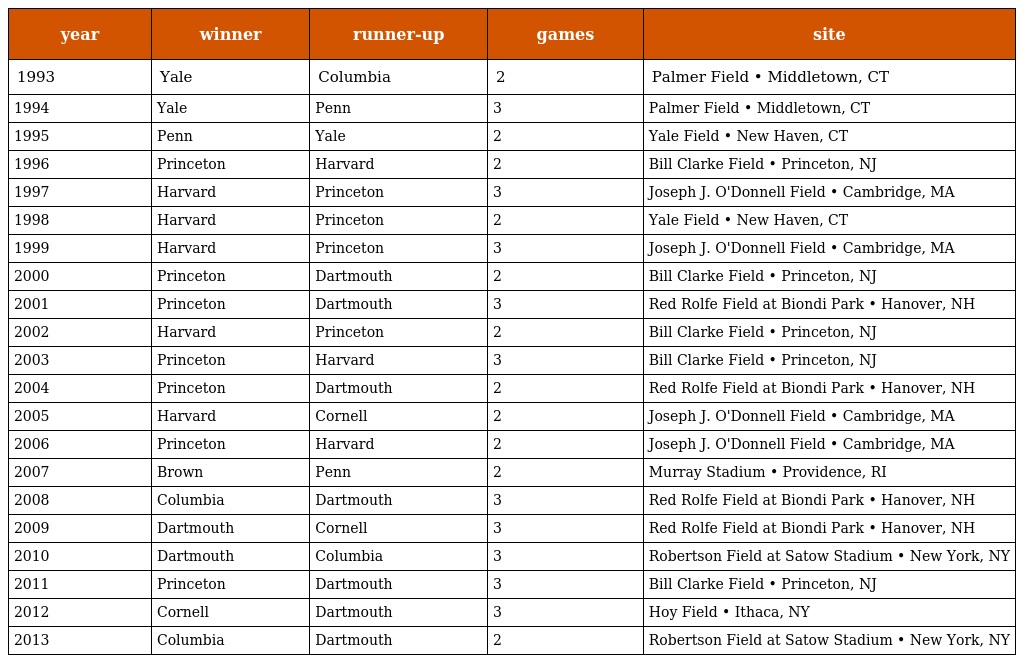
| year | winner | runner-up | games | site |
 | --- | --- | --- | --- | --- |
 | 1993 | Yale | Columbia | 2 | Palmer Field • Middletown, CT |
 | 1994 | Yale | Penn | 3 | Palmer Field • Middletown, CT |
 | 1995 | Penn | Yale | 2 | Yale Field • New Haven, CT |
 | 1996 | Princeton | Harvard | 2 | Bill Clarke Field • Princeton, NJ |
 | 1997 | Harvard | Princeton | 3 | Joseph J. O'Donnell Field • Cambridge, MA |
 | 1998 | Harvard | Princeton | 2 | Yale Field • New Haven, CT |
 | 1999 | Harvard | Princeton | 3 | Joseph J. O'Donnell Field • Cambridge, MA |
 | 2000 | Princeton | Dartmouth | 2 | Bill Clarke Field • Princeton, NJ |
 | 2001 | Princeton | Dartmouth | 3 | Red Rolfe Field at Biondi Park • Hanover, NH |
 | 2002 | Harvard | Princeton | 2 | Bill Clarke Field • Princeton, NJ |
 | 2003 | Princeton | Harvard | 3 | Bill Clarke Field • Princeton, NJ |
 | 2004 | Princeton | Dartmouth | 2 | Red Rolfe Field at Biondi Park • Hanover, NH |
 | 2005 | Harvard | Cornell | 2 | Joseph J. O'Donnell Field • Cambridge, MA |
 | 2006 | Princeton | Harvard | 2 | Joseph J. O'Donnell Field • Cambridge, MA |
 | 2007 | Brown | Penn | 2 | Murray Stadium • Providence, RI |
 | 2008 | Columbia | Dartmouth | 3 | Red Rolfe Field at Biondi Park • Hanover, NH |
 | 2009 | Dartmouth | Cornell | 3 | Red Rolfe Field at Biondi Park • Hanover, NH |
 | 2010 | Dartmouth | Columbia | 3 | Robertson Field at Satow Stadium • New York, NY |
 | 2011 | Princeton | Dartmouth | 3 | Bill Clarke Field • Princeton, NJ |
 | 2012 | Cornell | Dartmouth | 3 | Hoy Field • Ithaca, NY |
 | 2013 | Columbia | Dartmouth | 2 | Robertson Field at Satow Stadium • New York, NY |